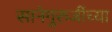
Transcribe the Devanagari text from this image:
सानेगुरुजींच्या